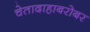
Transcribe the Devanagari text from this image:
चेतादाहाबरोबर